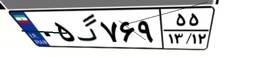
۰۵گ۷۶۹۵۵